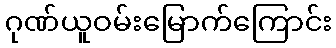
ဂုဏ်ယူဝမ်းမြောက်ကြောင်း